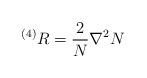
LaTeX: \begin{align*}^{\left( 4\right) }R=\frac{2}{N}\nabla ^{2}N\end{align*}